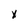
Character: x